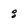
Character: 8